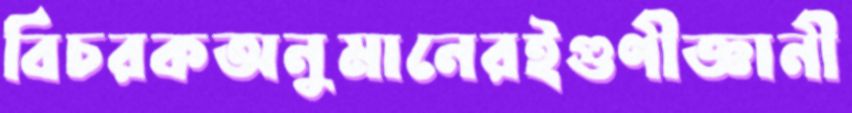
বিচরকঅনুমানেরইগুণীজ্ঞানী